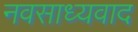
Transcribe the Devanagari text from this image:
नवसाध्यवाद